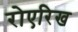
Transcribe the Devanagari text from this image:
रोएरिख